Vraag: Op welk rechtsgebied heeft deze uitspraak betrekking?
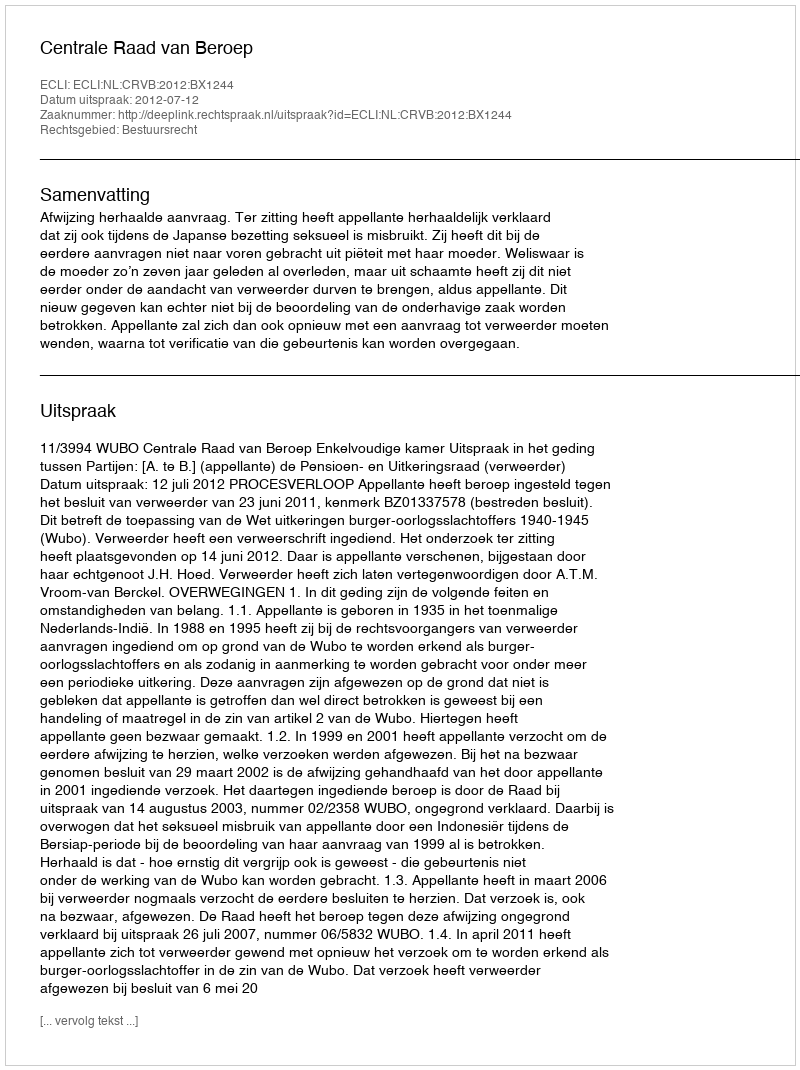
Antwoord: Bestuursrecht